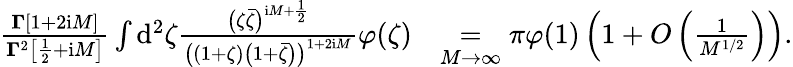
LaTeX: \begin{array}{rl}{\frac{\boldsymbol\Gamma[1+2\mathrm{i}M]}{\boldsymbol\Gamma^{2}\big[\frac 12+\mathrm{i}M\big]}\int\mathrm{d}^{2}\zeta\frac{\big(\zeta\bar{\zeta}\big)^{\mathrm{i}M+\frac 12}}{\big((1+\zeta)\big(1+\bar{\zeta}\big)\big)^{1+2\mathrm{i}M}}\varphi(\zeta)}&{\underset{M\to\infty}{=}\pi\varphi(1)\left(1+O\left(\frac 1{M^{1/2}}\right)\right).}\end{array}